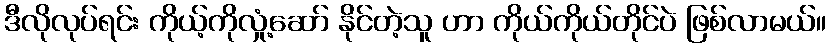
ဒီလိုလုပ်ရင်း ကိုယ့်ကိုလှုံ့ဆော် နိုင်တဲ့သူ ဟာ ကိုယ်ကိုယ်တိုင်ပဲ ဖြစ်လာမယ်။